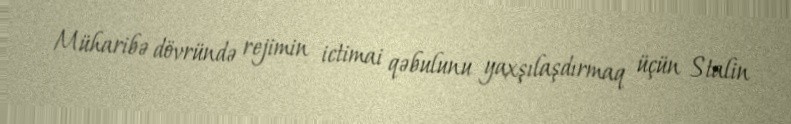
Müharibə dövründə rejimin ictimai qəbulunu yaxşılaşdırmaq üçün Stalin